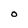
Character: O